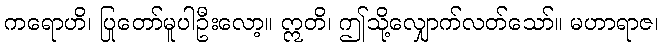
ကရောဟိ၊ ပြုတော်မူပါဦးလော့။ ဣတိ၊ ဤသို့လျှောက်လတ်သော်။ မဟာရာဇ၊